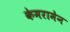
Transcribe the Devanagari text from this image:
केमरामेन